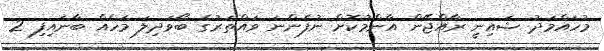
މުހައްމަދު ޝައިނީ ރާއްޖޭން އާންމުކޮށް ނުފެންނަ ވައްތަރުގެ ބޯވަދިލަ މަހެއް ބާނައިފި 2